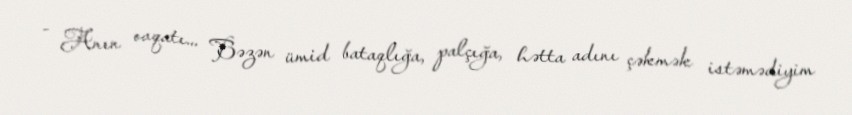
- Anın ovqatı... Bəzən ümid bataqlığa, palçığa, hətta adını çəkmək istəmədiyim